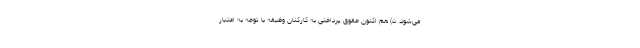
می‌شود. ۵) هم اکنون حقوق پرداختی به کارکنان وظیفه با توجه به اعتبار